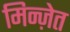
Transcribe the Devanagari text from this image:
मिन्ज़ेत